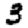
Digit: 3